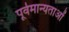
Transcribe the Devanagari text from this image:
पूर्वमान्यताओं